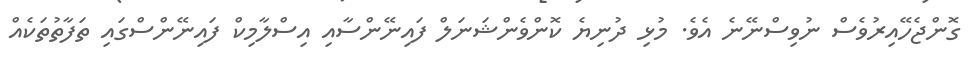
ގޮންޖެހޭއިރުވެސް ނުވިސްނޭނެ އެވެ. މުޅި ދުނިޔެ ކޮންވެންޝަނަލް ފައިނޭންސާއި އިސްލާމިކް ފައިނޭންސްގައި ތަފާތުތަކެއް